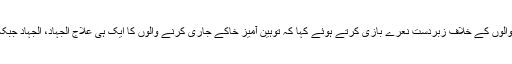
جمعہ کے اجتماعات میں عاشقانِ مصطفی صلی اللہ علیہ وآلہ وسلم نے خاکوں کی اشاعت کرنے والوں کے خلاف زبردست نعرے بازی کرتے ہوئے کہا کہ توہین آمیز خاکے جاری کرنے والوں کا ایک ہی علاج الجہاد، الجہاد جبکہ نماز جمعہ کے بعد ملک بھر کے تمام چھوٹے بڑے شہروں میں احتجاجی مظاہرے کئے گئے۔